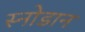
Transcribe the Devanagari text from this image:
स्नोडान